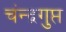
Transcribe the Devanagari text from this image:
चंन्द्रगुप्त